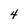
Character: 4